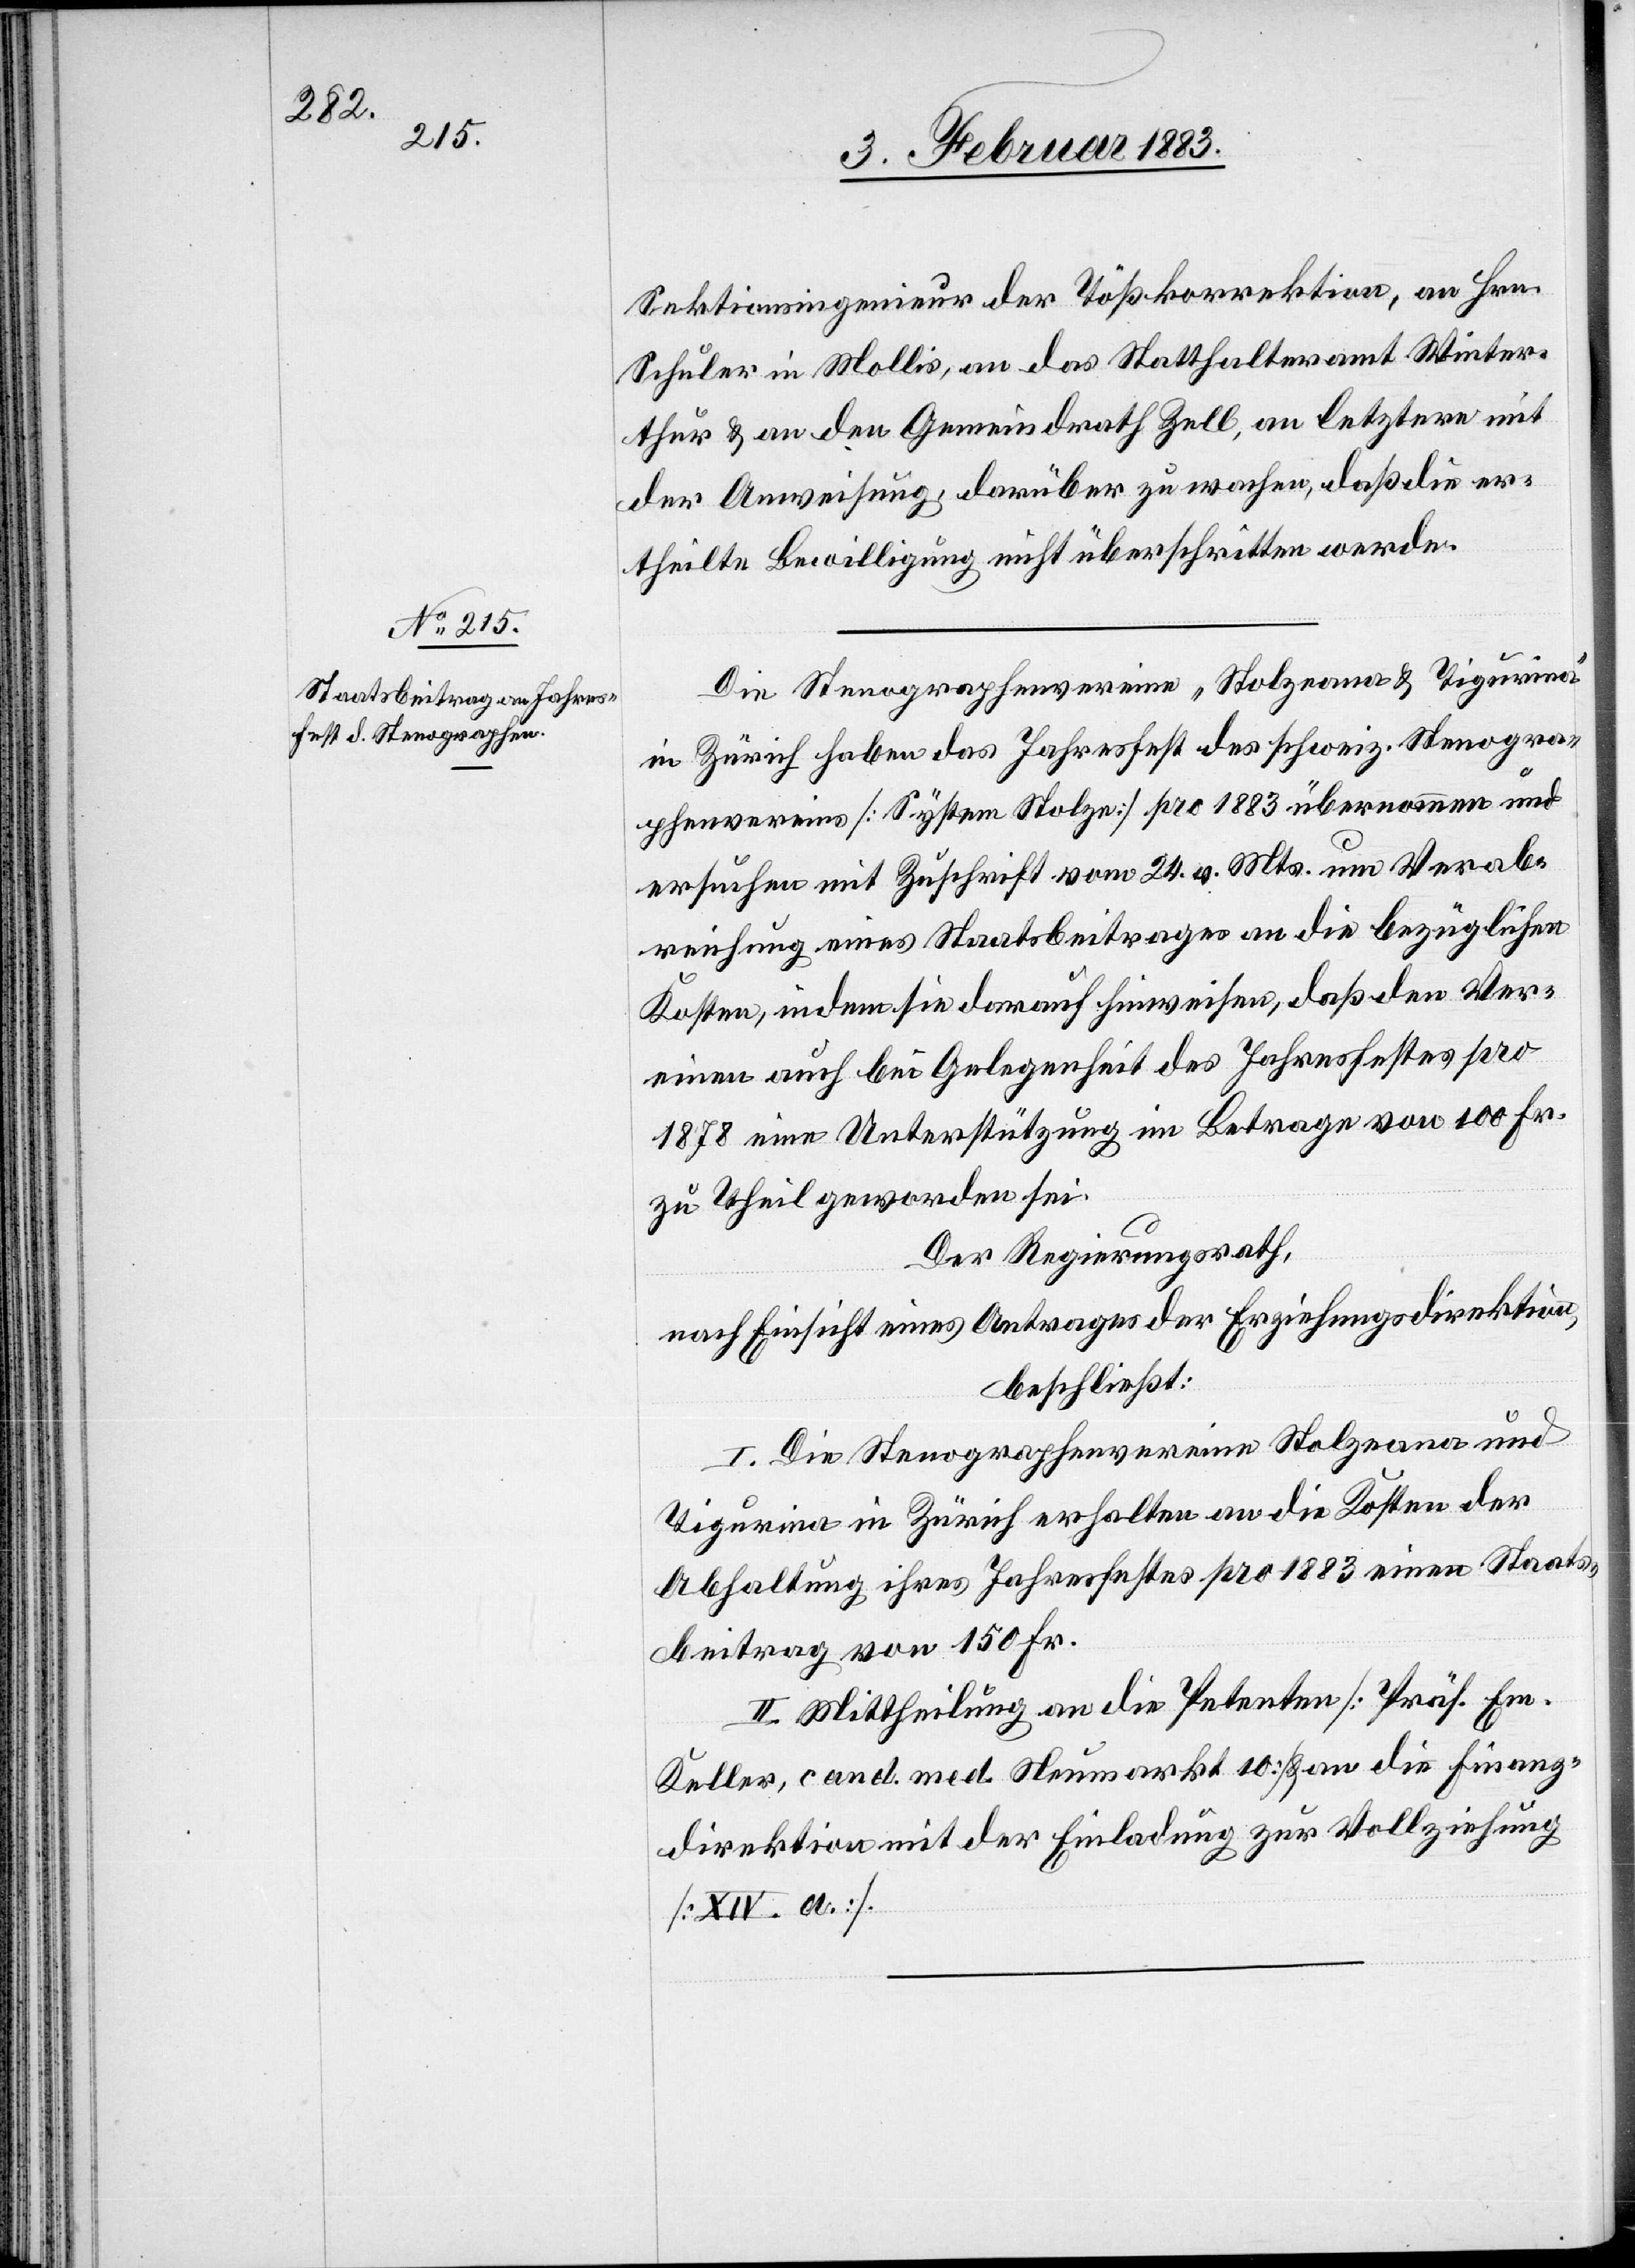
Sektionsingenieur der Tößkorrektion, an Hrn.
Schuler in Mollis, an das Statthalteramt Winter¬
thur & an den Gemeindrath Zell, an letztern mit
der Anweisung darüber zu wachen, daß die er¬
theilte Bewilligung nicht überschritten werde.
Die Stenographenvereine „Stolzeana & Tigurina“
in Zürich haben das Jahresfest des schweiz. Stenogra¬
phenvereins [System Stolze] pro 1883 übernommen und
ersuchen mit Zuschrift vom 24. v. Mts. um Verab¬
reichung eines Staatsbeitrages an die bezüglichen
Kosten, indem sie darauf hinweisen, daß den Ver¬
einen auch bei Gelegenheit des Jahresfestes pro
1878 eine Unterstützung im Betrage von 100 Fr.
zu Theil geworden sei.
Der Regierungsrath,
nach Einsicht eines Antrages der Erziehungsdirektion,
beschließt:
I. Die Stenographenvereine Stolzeana und
Tigurina in Zürich erhalten an die Kosten der
Abhaltung ihres Jahresfestes pro 1883 einen Staats¬
beitrag von 150 Fr.
II. Mittheilung an die Petenten [Präs. Em.
Keller, cand. med. Neumarkt 10] & an die Finanz¬
direktion mit der Einladung zur Vollziehung
[XIV. a.]